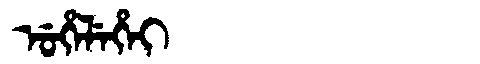
Manchu: ᡠᡥᡝᠯᡝᡥᡝᡳ
Romanization: UHELEHEI